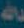
الله